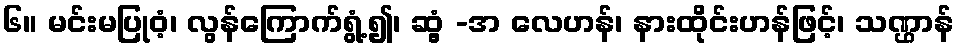
၆။ မင်းမပြုဝံ့၊ လွန်ကြောက်ရွံ့၍၊ ဆွံ့ -အ လေဟန်၊ နားထိုင်းဟန်ဖြင့်၊ သဏ္ဌာန်